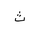
Letter: _tha